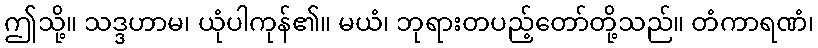
ဤသို့။ သဒ္ဒဟာမ၊ ယုံပါကုန်၏။ မယံ၊ ဘုရားတပည့်တော်တို့သည်။ တံကာရဏံ၊